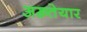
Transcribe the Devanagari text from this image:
अख़्तेयार